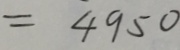
= 4 9 5 0